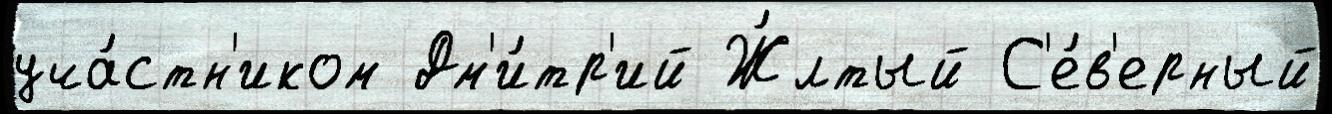
уча́стн'иком Дм'и́тр'ий Ж́лтый С'е́в'ерный